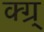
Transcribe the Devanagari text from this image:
क्ग्र्